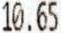
10.65